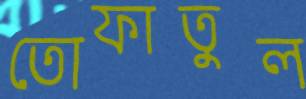
তোফাতুল